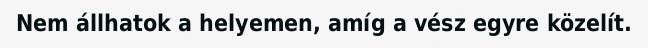
Nem állhatok a helyemen, amíg a vész egyre közelít.